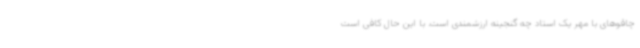
چاقوهای با مهر یک استاد چه گنجینه ارزشمندی است. با این حال کافی است